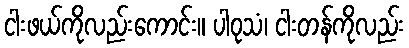
ငါးဖယ်ကိုလည်းကောင်း။ ပါဝုသံ၊ ငါးတန်ကိုလည်း